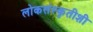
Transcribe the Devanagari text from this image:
लोकसंस्कृतीशी